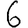
Digit: 6